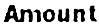
AMOUNT